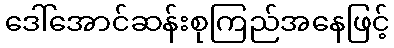
ဒေါ်အောင်ဆန်းစုကြည်အနေဖြင့်